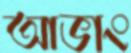
আভাং